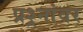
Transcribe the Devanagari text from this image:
प्रश्र्नांवर